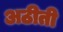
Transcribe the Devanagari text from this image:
अठीती